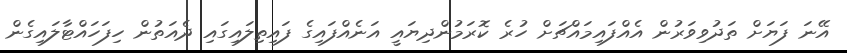
އޭނަ ފަޔަށް ތަދުވިވަރުން އެއްފައިމައްޗަށް ހުރެ ކޮރަމުންދިޔައީ އަނެއްފައިގެ ފައިތިލައިގައި ދެއަތުން ހިފަހައްޓާލައިގެން